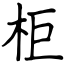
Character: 柜